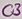
Text: C3